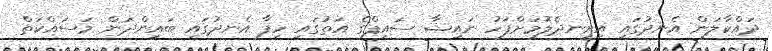
ދައްކާލަން އެނދުގައި އިށީނދެލުމަށްފަހު ނައިޝާ ސައިފްގެ އަތުގައި ހިފާ އެނދުގައި ބައިންދަން މަސައްކަތް